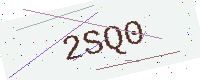
Text: 2SQ0